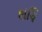
શચિ